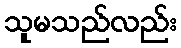
သူမသည်လည်း